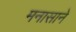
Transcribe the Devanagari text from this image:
मनासाने